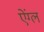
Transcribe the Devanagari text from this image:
ऐंग्ल